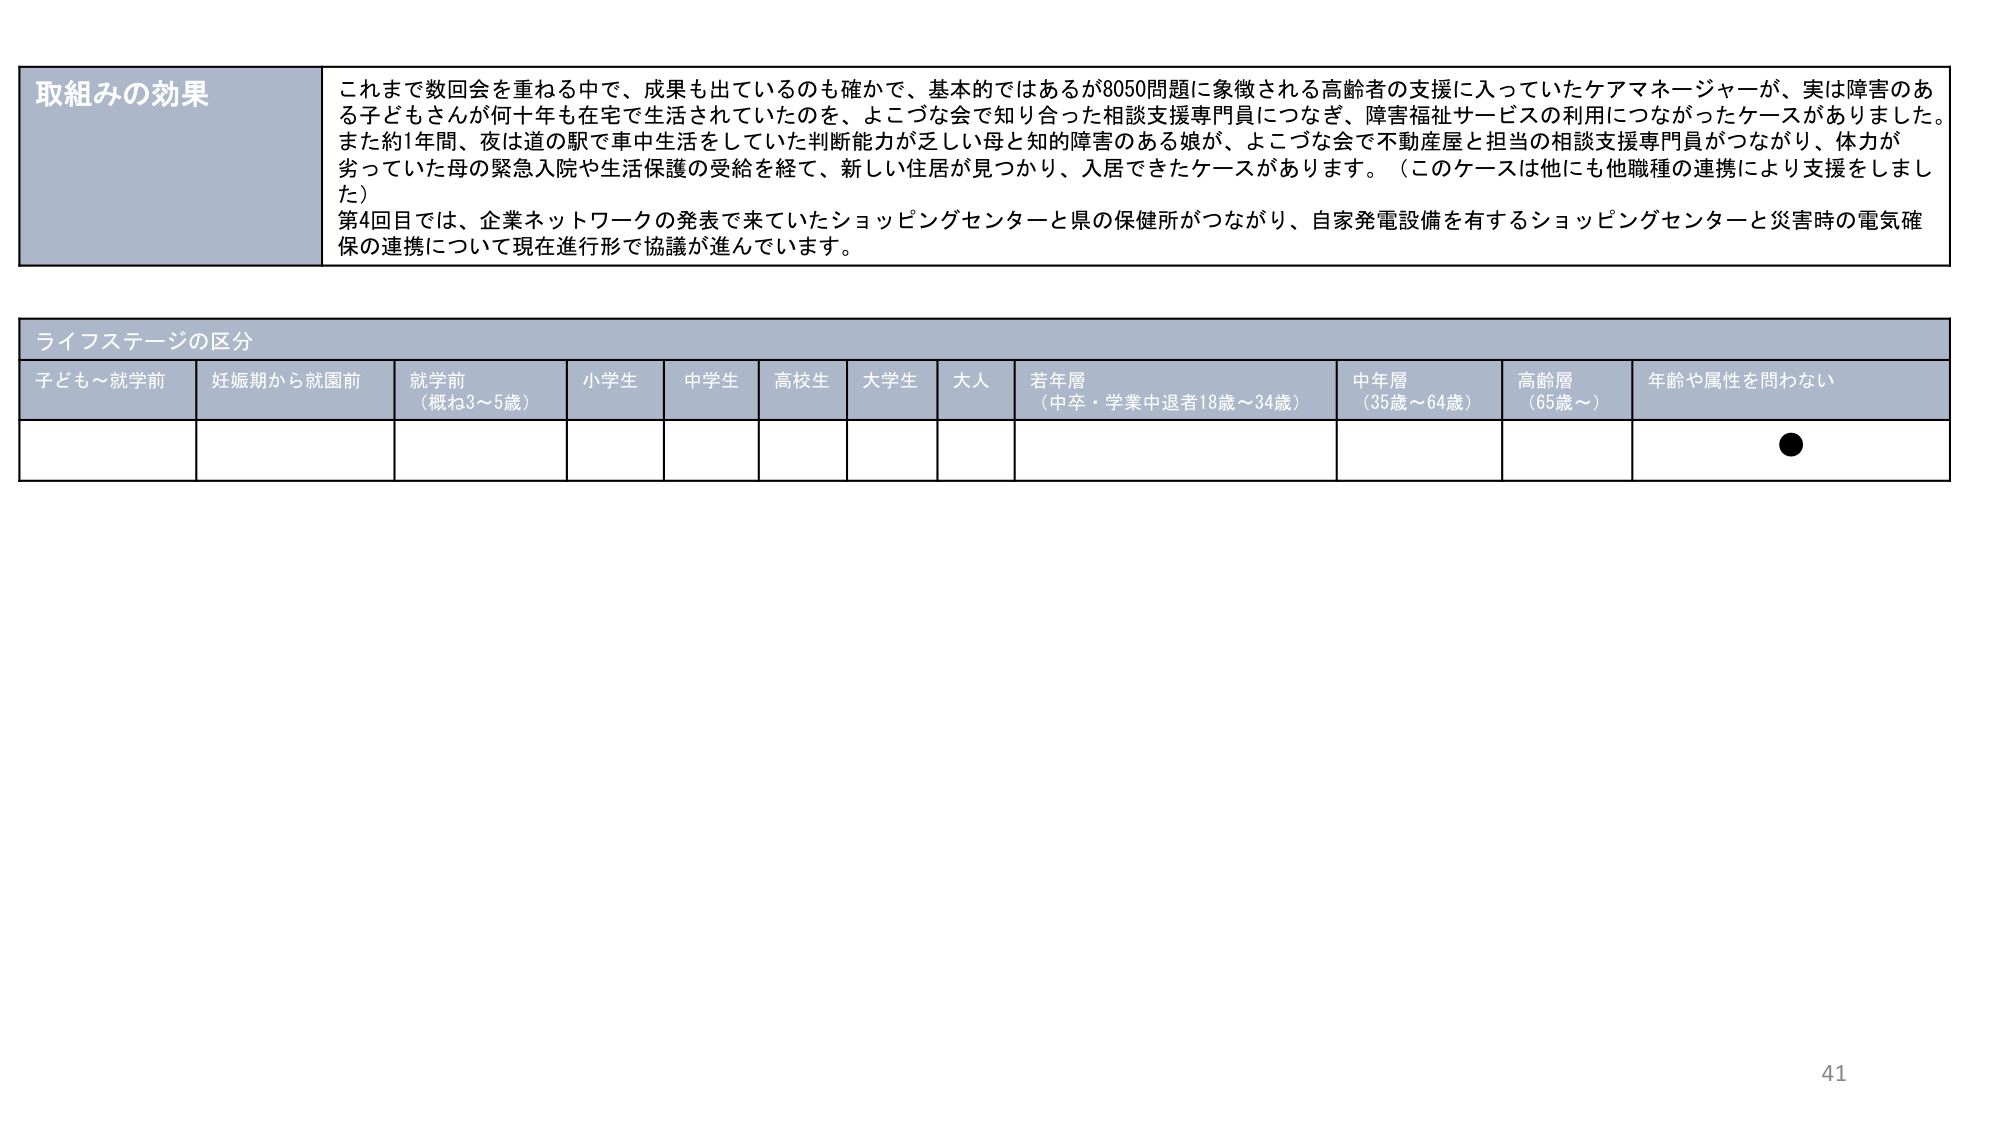
取組みの効果
これまで数回会を重ねる中で、成果も出ているのも確かで、基本的ではあるが8050問題に象徴される高齢者の支援に入っていたケアマネージャーが、実は障害のある子どもさんが何十年も在宅で生活されていたのを、よこづな会で知り合った相談支援専門員につなぎ、障害福祉サービスの利用につながったケースがありました。また約1年間、夜は道の駅で車中生活をしていた判断能力が乏しい母と知的障害のある娘が、よこづな会で不動産屋と担当の相談支援専門員がつながり、体力が劣っていた母の緊急入院や生活保護の受給を経て、新しい住居が見つかり、入居できたケースがあります。（このケースは他にも他職種の連携により支援をしました）
第4回目では、企業ネットワークの発表で来ていたショッピングセンターと県の保健所がつながり、自家発電設備を有するショッピングセンターと災害時の電気確保の連携について現在進行形で協議が進んでいます。

ライフステージの区分
子ども～就学前　妊娠期から就園前　就学前（概ね3～5歳）　小学生　中学生　高校生　大学生　大人　若年層（中卒・学業中退者18歳～34歳）　中年層（35歳～64歳）　高齢層（65歳～）　年齢や属性を問わない
●

41